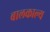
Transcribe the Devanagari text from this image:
बालकाल्य